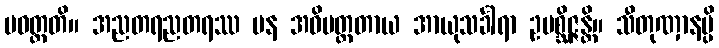
ပဝတ္တတိ။ အညတရညတရဿ ပန အဓိမတ္တတာယ အာယုသင်္ခါရာ ဥပစ္ဆိဇ္ဇန္တိ။ သီတုဏှာနမ္ပိ